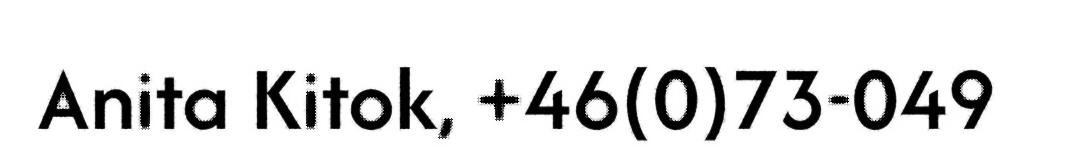
Anita Kitok, +46(0)73-049